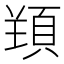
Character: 𱂗